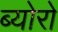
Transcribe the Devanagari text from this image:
ब्योरो